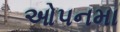
ઓપનમા